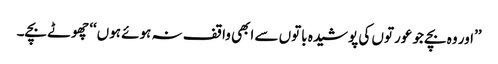
’’اور وہ بچے جو عورتوں کی پوشیدہ باتوں سے ابھی واقف نہ ہوئے ہوں‘‘ چھوٹے بچے۔